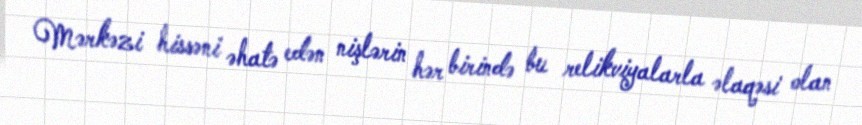
Mərkəzi hissəni əhatə edən nişlərin hər birində bu relikviyalarla əlaqəsi olan